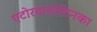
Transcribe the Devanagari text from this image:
एटोरवास्टेटिनका